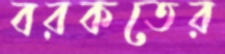
বরকতের